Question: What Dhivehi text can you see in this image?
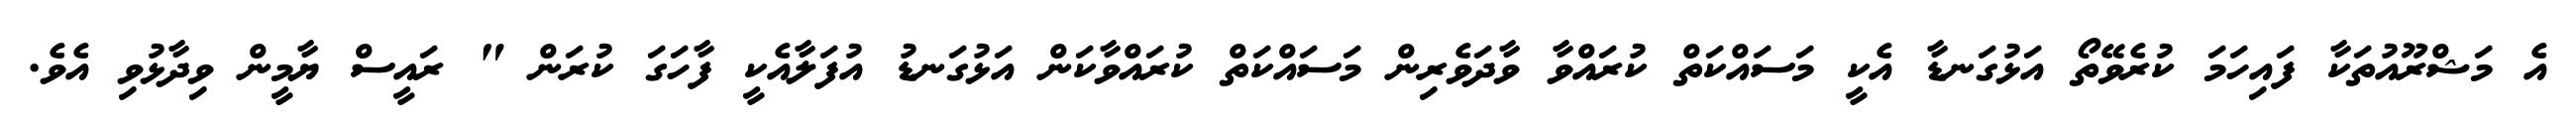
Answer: އެ މަޝްރޫއުތަކާ ފައިހަމަ ކުރެވޭތޯ އަޅުގަނޑާ އެކީ މަސައްކަތް ކުރައްވާ ވާދަވެރިން މަސައްކަތް ކުރައްވާކަން އަޅުގަނޑު އުފަލާއެކީ ފާހަގަ ކުރަން " ރައީސް ޔާމީން ވިދާޅުވި އެވެ.